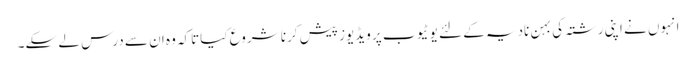
انہوں نے اپنی رشتہ کی بہن نادیہ کے لئے یوٹیوب پر ویڈیوز پیش کرنا شروع کیاتاکہ وہ ان سے درس لے سکے۔